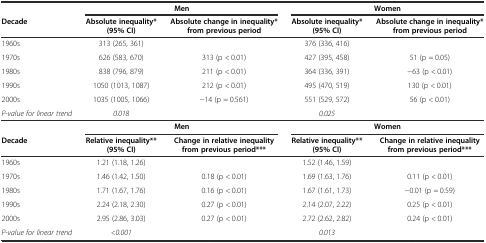
<table><thead><tr><td></td><td colspan="2"><b>Men</b></td><td colspan="2"><b>Women</b></td></tr><tr><td><b>Decade</b></td><td><b>Absolute inequality* (95% CI)</b></td><td><b>Absolute change in inequality* from previous period</b></td><td><b>Absolute inequality* (95% CI)</b></td><td><b>Absolute change in inequality* from previous period</b></td></tr></thead><tbody><tr><td>1960s</td><td>313 (265, 361)</td><td></td><td>376 (336, 416)</td><td></td></tr><tr><td>1970s</td><td>626 (583, 670)</td><td>313 (p &lt; 0.01)</td><td>427 (395, 458)</td><td>51 (p = 0.05)</td></tr><tr><td>1980s</td><td>838 (796, 879)</td><td>211 (p &lt; 0.01)</td><td>364 (336, 391)</td><td>−63 (p &lt; 0.01)</td></tr><tr><td>1990s</td><td>1050 (1013, 1087)</td><td>212 (p &lt; 0.01)</td><td>495 (470, 519)</td><td>130 (p &lt; 0.01)</td></tr><tr><td>2000s</td><td>1035 (1005, 1066)</td><td>−14 (p = 0.561)</td><td>551 (529, 572)</td><td>56 (p &lt; 0.01)</td></tr><tr><td><i>P-value for linear trend</i></td><td><i>0.018</i></td><td></td><td><i>0.025</i></td><td></td></tr><tr><td></td><td colspan="2"><b>Men</b></td><td colspan="2"><b>Women</b></td></tr><tr><td><b>Decade</b></td><td><b>Relative inequality** (95% CI)</b></td><td><b>Change in relative inequality from previous period***</b></td><td><b>Relative inequality** (95% CI)</b></td><td><b>Change in relative inequality from previous period***</b></td></tr><tr><td>1960s</td><td>1.21 (1.18, 1.26)</td><td></td><td>1.52 (1.46, 1.59)</td><td></td></tr><tr><td>1970s</td><td>1.46 (1.42, 1.50)</td><td>0.18 (p &lt; 0.01)</td><td>1.69 (1.63, 1.76)</td><td>0.11 (p &lt; 0.01)</td></tr><tr><td>1980s</td><td>1.71 (1.67, 1.76)</td><td>0.16 (p &lt; 0.01)</td><td>1.67 (1.61, 1.73)</td><td>−0.01 (p = 0.59)</td></tr><tr><td>1990s</td><td>2.24 (2.18, 2.30)</td><td>0.27 (p &lt; 0.01)</td><td>2.14 (2.07, 2.22)</td><td>0.25 (p &lt; 0.01)</td></tr><tr><td>2000s</td><td>2.95 (2.86, 3.03)</td><td>0.27 (p &lt; 0.01)</td><td>2.72 (2.62, 2.82)</td><td>0.24 (p &lt; 0.01)</td></tr><tr><td><i>P-value for linear trend</i></td><td><i>&lt;0.001</i></td><td></td><td><i>0.013</i></td><td></td></tr></tbody></table>